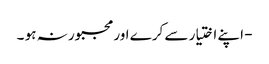
- اپنے اختیار سے کرے اورمجبور نہ ہو ۔